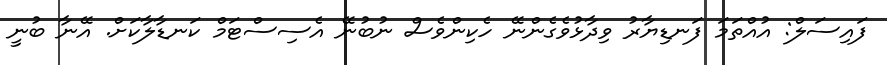
ފައިސަލް: އުއްތަމަ ފަނޑިޔާރު ވިދާޅުވެގެންނޭ ހެކިންވެސް ނުބުނޭ އެސިސްޓަމް ކަނޑާލާކަށް. އޭނާ ބުނީ